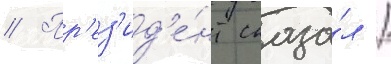
// Пр'ез'ид'е́нт сказа́л /